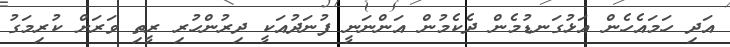
އަދި ހަމައެހެން އަޅުގަނޑުމެން ދެކެމުން އަންނަނީ ފުނަދުއަކީ ދިރުންހުރި ރީތި ވަރަށް ކުރިމަގު